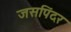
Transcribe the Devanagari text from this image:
जसपिंदर